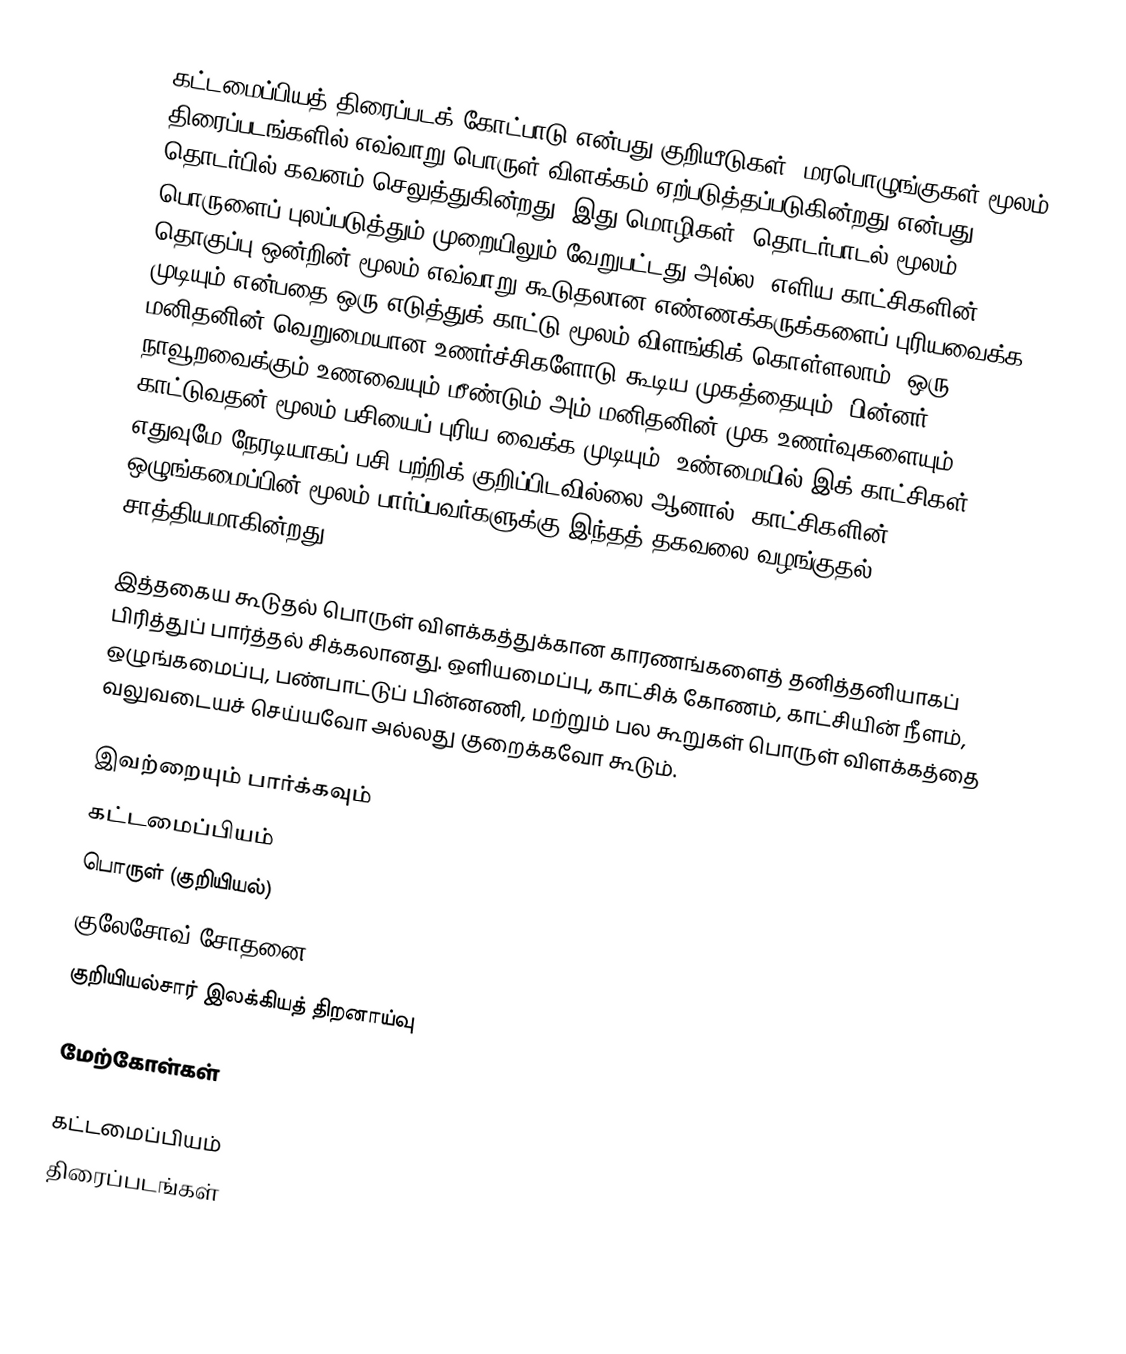
கட்டமைப்பியத் திரைப்படக் கோட்பாடு என்பது குறியீடுகள், மரபொழுங்குகள் மூலம் திரைப்படங்களில் எவ்வாறு பொருள் விளக்கம் ஏற்படுத்தப்படுகின்றது என்பது தொடர்பில் கவனம் செலுத்துகின்றது. இது மொழிகள், தொடர்பாடல் மூலம் பொருளைப் புலப்படுத்தும் முறையிலும் வேறுபட்டது அல்ல. எளிய காட்சிகளின் தொகுப்பு ஒன்றின் மூலம் எவ்வாறு கூடுதலான எண்ணக்கருக்களைப் புரியவைக்க முடியும் என்பதை ஒரு எடுத்துக் காட்டு மூலம் விளங்கிக் கொள்ளலாம். ஒரு மனிதனின் வெறுமையான உணர்ச்சிகளோடு கூடிய முகத்தையும், பின்னர் நாவூறவைக்கும் உணவையும் மீண்டும் அம் மனிதனின் முக உணர்வுகளையும் காட்டுவதன் மூலம் பசியைப் புரிய வைக்க முடியும். உண்மையில் இக் காட்சிகள் எதுவுமே நேரடியாகப் பசி பற்றிக் குறிப்பிடவில்லை ஆனால், காட்சிகளின் ஒழுங்கமைப்பின் மூலம் பார்ப்பவர்களுக்கு இந்தத் தகவலை வழங்குதல் சாத்தியமாகின்றது.

இத்தகைய கூடுதல் பொருள் விளக்கத்துக்கான காரணங்களைத் தனித்தனியாகப் பிரித்துப் பார்த்தல் சிக்கலானது. ஒளியமைப்பு, காட்சிக் கோணம், காட்சியின் நீளம், ஒழுங்கமைப்பு, பண்பாட்டுப் பின்னணி, மற்றும் பல கூறுகள் பொருள் விளக்கத்தை வலுவடையச் செய்யவோ அல்லது குறைக்கவோ கூடும்.

இவற்றையும் பார்க்கவும்
 கட்டமைப்பியம்
 பொருள் (குறியியல்)
 குலேசோவ் சோதனை
 குறியியல்சார் இலக்கியத் திறனாய்வு

மேற்கோள்கள்

கட்டமைப்பியம்
திரைப்படங்கள்